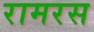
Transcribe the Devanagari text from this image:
रामरस